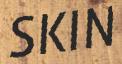
SKIN